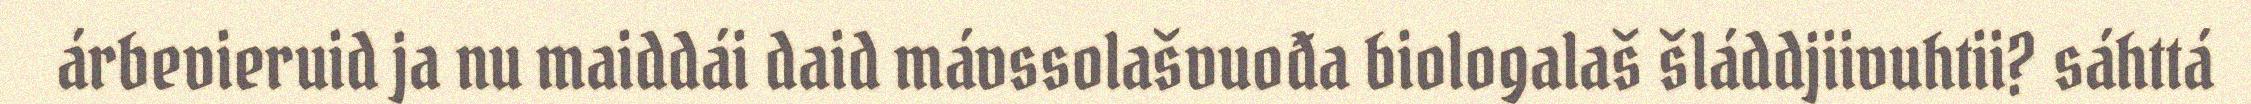
árbevieruid ja nu maiddái daid mávssolašvuođa biologalaš šláddjiivuhtii? sáhttá